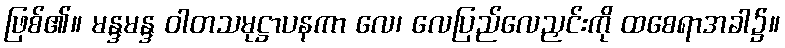
ဖြစ်၏။ မန္ဒမန္ဒ ဝါတသမုဋ္ဌာပနကာ လေ၊ လေပြည်လေညှင်းကို ထစေရာအခါ၌။